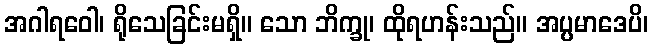
အဂါရဝေါ၊ ရိုသေခြင်းမရှိ။ သော ဘိက္ခု၊ ထိုရဟန်းသည်။ အပ္ပမာဒေပိ၊